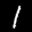
Label: 1